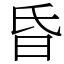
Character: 昏